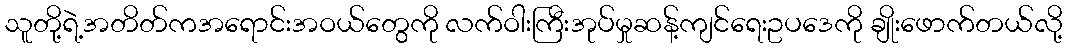
သူတို့ရဲ့အတိတ်ကအရောင်းအဝယ်တွေကို လက်ဝါးကြီးအုပ်မှုဆန့်ကျင်ရေးဥပဒေကို ချိုးဖောက်တယ်လို့